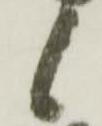
候